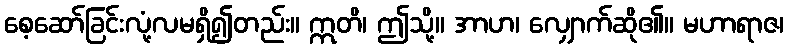
စေ့ဆော်ခြင်းလုံ့လမရှိ၍တည်း။ ဣတိ၊ ဤသို့။ အာဟ၊ လျှောက်ဆို၏။ မဟာရာဇ၊